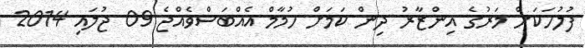
ފުލުހަކަށް މަރުގެ އިންޒާރު ދިން ކަމަށް ހުމާމް އެއްބަސްވެއްޖެ 09 ޖުލައި 2014